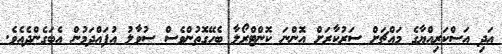
އަދި އަސްކަރިއްޔާގެ މައްޗަށް ސަރުކާރަށް އޮންނަ ކޮންޓްރޯލާ ބެހޭގޮތުންވެސް ސުވާލު އުފައްދަމުން އެބަގެންދެއެވެ.